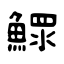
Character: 鰥